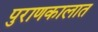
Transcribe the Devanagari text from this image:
पुराणकालात